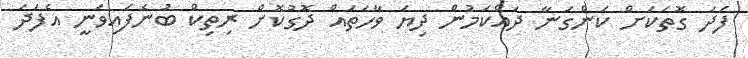
ފަދަ ގޮތަކަށް ކަންގަނާ ދައްކަމުން ދިޔަ ވާހަތައް ދޮގުކޮށް ރިތިކް ބުނެފައިވަނީ އެފަދަ